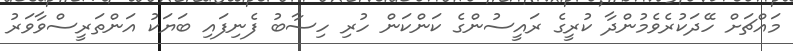
މައްޗަށް ހޭދަކުރެވެމުންދާ ކުރީގެ ރައީސުންގެ ކަންކަން ހުރި ހިސާބު ފެނިފައި ބަޔަކު އަންތަރީސްވާވަރު